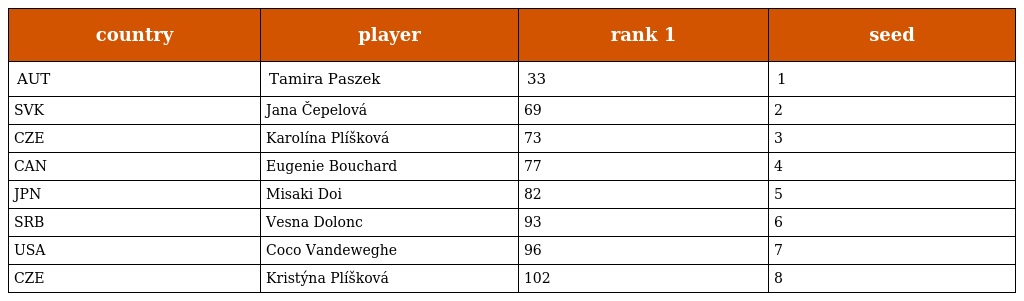
| country | player | rank 1 | seed |
 | --- | --- | --- | --- |
 | AUT | Tamira Paszek | 33 | 1 |
 | SVK | Jana Čepelová | 69 | 2 |
 | CZE | Karolína Plíšková | 73 | 3 |
 | CAN | Eugenie Bouchard | 77 | 4 |
 | JPN | Misaki Doi | 82 | 5 |
 | SRB | Vesna Dolonc | 93 | 6 |
 | USA | Coco Vandeweghe | 96 | 7 |
 | CZE | Kristýna Plíšková | 102 | 8 |